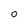
Character: 0